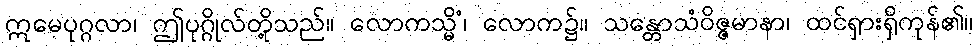
ဣမေပုဂ္ဂလာ၊ ဤပုဂ္ဂိုလ်တို့သည်။ လောကသ္မိံ၊ လောက၌။ သန္တောသံဝိဇ္ဇမာနာ၊ ထင်ရှားရှိကုန်၏။